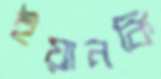
ইয়ানকি